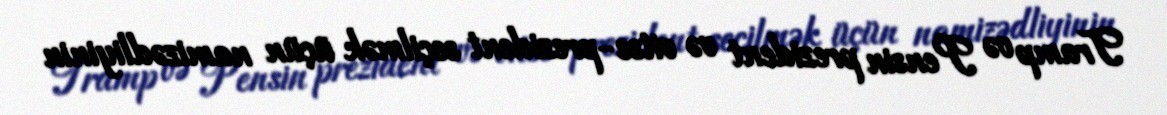
Tramp və Pensin prezident və vitse-prezident seçilmək üçün namizədliyinin